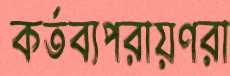
কর্তব্যপরায়ণরা